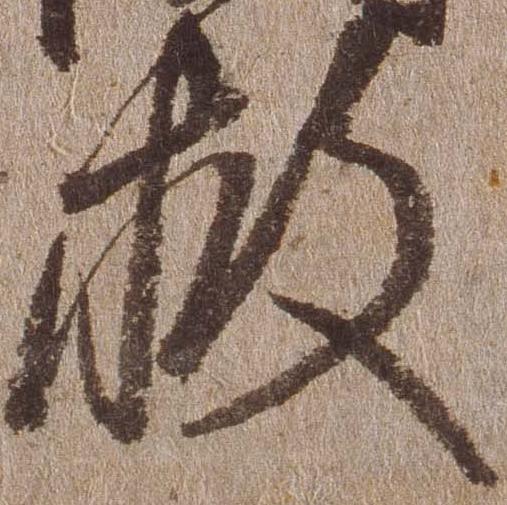
救